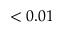
< 0 . 0 1